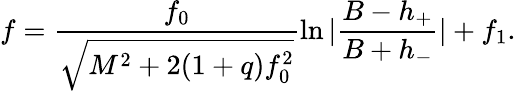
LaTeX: f=\frac{f_{0}}{\sqrt{M^{2}+2(1+q)f_{0}^{2}}}\ln|\frac{B-h_{+}}{B+h_{-}}|+f_{1}.